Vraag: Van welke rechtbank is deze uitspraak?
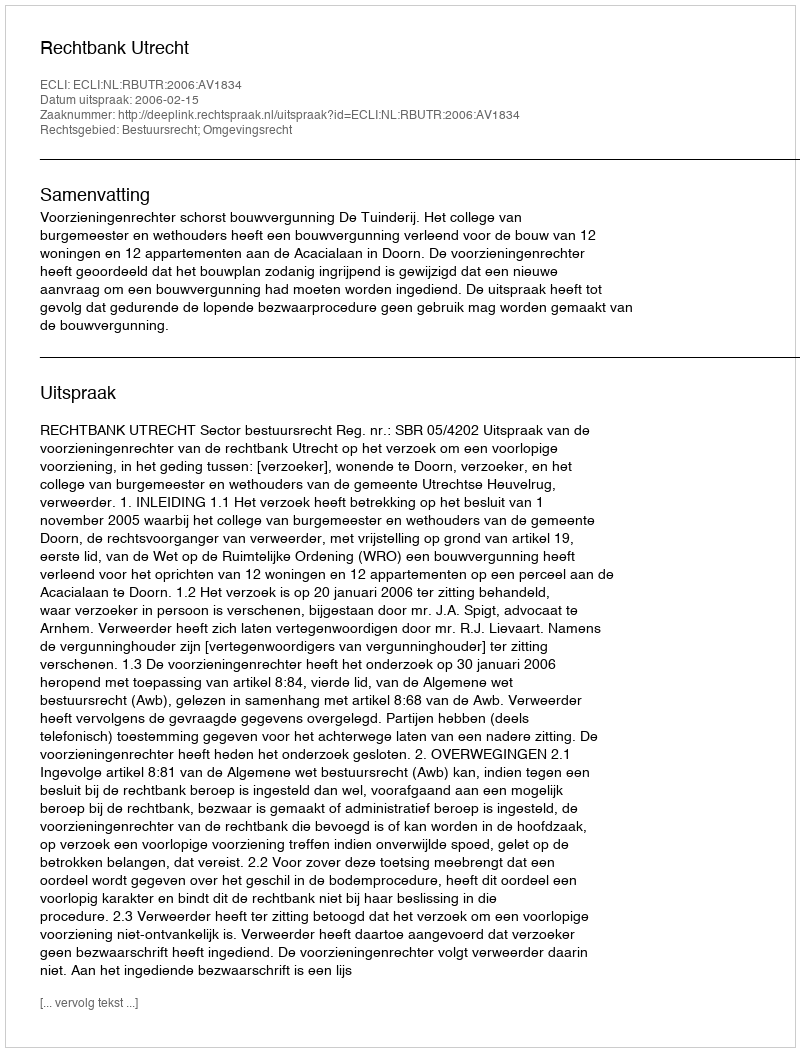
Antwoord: Rechtbank Utrecht